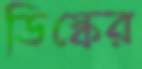
ডিস্কের